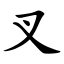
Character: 叉